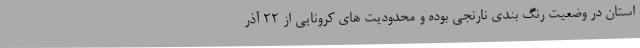
استان در وضعیت رنگ بندی نارنجی بوده و محدودیت های کرونایی از 22 آذر